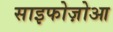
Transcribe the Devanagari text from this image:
साइफोज़ोआ